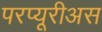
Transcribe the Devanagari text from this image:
परप्यूरीअस